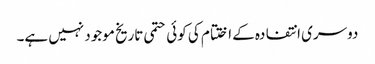
دوسری انتفادہ کے اختتام کی کوئی حتمی تاریخ موجود نہیں ہے۔